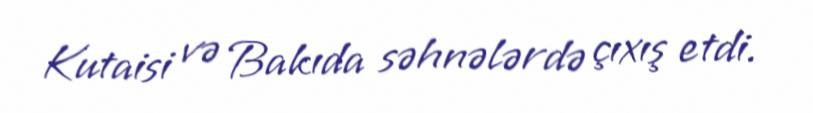
Kutaisi və Bakıda səhnələrdə çıxış etdi.